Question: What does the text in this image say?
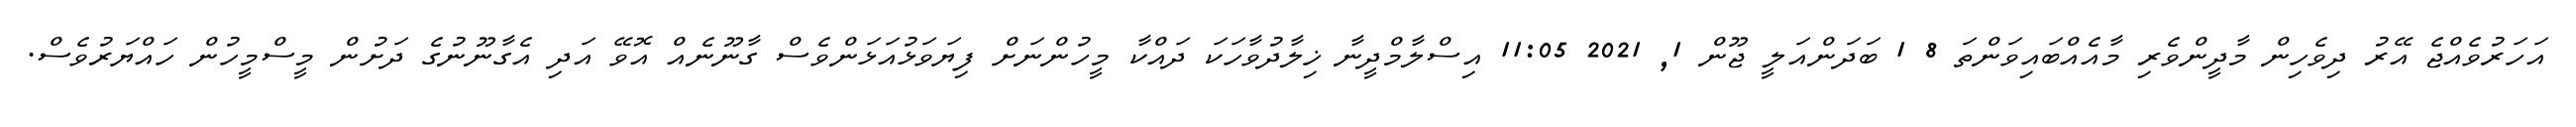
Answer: އަހަރުވެއްޖެ އޭރު ދިވެހިން މާދީންވެރި މާއެއްބައިވަންތަ 8 1 ބަދަންއަލީ ޖޫން 1, 2021 11:05 އިސްލާމްދީނާ ޚިލާދުވާހަކަ ދައްކާ މީހުންނަށް ފިޔަވަޅުއަޅަންވެސް ގާނޫނެއް އޮވޭ އަދި އެގާނޫނުގެ ދަށުން މީސްމީހުން ހައްޔަރުވެސް.